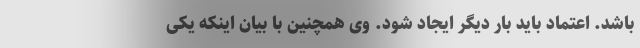
باشد. اعتماد باید بار دیگر ایجاد شود. وی همچنین با بیان اینکه یکی